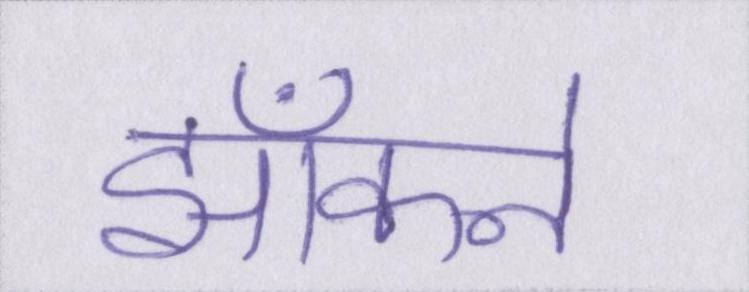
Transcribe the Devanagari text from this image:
झाँकने